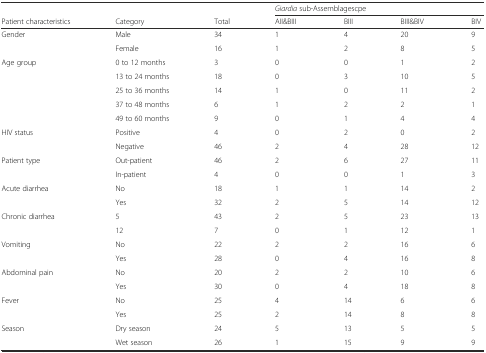
<table><thead><tr><td></td><td></td><td></td><td colspan="4"><b><i>Giardia</i> sub-Assemblagescpe</b></td></tr><tr><td><b>Patient characteristics</b></td><td><b>Category</b></td><td><b>Total</b></td><td><b>AII&amp;BIII</b></td><td><b>BIII</b></td><td><b>BIII&amp;BIV</b></td><td><b>BIV</b></td></tr></thead><tbody><tr><td>Gender</td><td>Male</td><td>34</td><td>1</td><td>4</td><td>20</td><td>9</td></tr><tr><td></td><td>Female</td><td>16</td><td>1</td><td>2</td><td>8</td><td>5</td></tr><tr><td>Age group</td><td>0 to 12 months</td><td>3</td><td>0</td><td>0</td><td>1</td><td>2</td></tr><tr><td></td><td>13 to 24 months</td><td>18</td><td>0</td><td>3</td><td>10</td><td>5</td></tr><tr><td></td><td>25 to 36 months</td><td>14</td><td>1</td><td>0</td><td>11</td><td>2</td></tr><tr><td></td><td>37 to 48 months</td><td>6</td><td>1</td><td>2</td><td>2</td><td>1</td></tr><tr><td></td><td>49 to 60 months</td><td>9</td><td>0</td><td>1</td><td>4</td><td>4</td></tr><tr><td>HIV status</td><td>Positive</td><td>4</td><td>0</td><td>2</td><td>0</td><td>2</td></tr><tr><td></td><td>Negative</td><td>46</td><td>2</td><td>4</td><td>28</td><td>12</td></tr><tr><td>Patient type</td><td>Out-patient</td><td>46</td><td>2</td><td>6</td><td>27</td><td>11</td></tr><tr><td></td><td>In-patient</td><td>4</td><td>0</td><td>0</td><td>1</td><td>3</td></tr><tr><td>Acute diarrhea</td><td>No</td><td>18</td><td>1</td><td>1</td><td>14</td><td>2</td></tr><tr><td></td><td>Yes</td><td>32</td><td>2</td><td>5</td><td>14</td><td>12</td></tr><tr><td>Chronic diarrhea</td><td>5</td><td>43</td><td>2</td><td>5</td><td>23</td><td>13</td></tr><tr><td></td><td>12</td><td>7</td><td>0</td><td>1</td><td>12</td><td>1</td></tr><tr><td>Vomiting</td><td>No</td><td>22</td><td>2</td><td>2</td><td>16</td><td>6</td></tr><tr><td></td><td>Yes</td><td>28</td><td>0</td><td>4</td><td>16</td><td>8</td></tr><tr><td>Abdominal pain</td><td>No</td><td>20</td><td>2</td><td>2</td><td>10</td><td>6</td></tr><tr><td></td><td>Yes</td><td>30</td><td>0</td><td>4</td><td>18</td><td>8</td></tr><tr><td>Fever</td><td>No</td><td>25</td><td>4</td><td>14</td><td>6</td><td>6</td></tr><tr><td></td><td>Yes</td><td>25</td><td>2</td><td>14</td><td>8</td><td>8</td></tr><tr><td>Season</td><td>Dry season</td><td>24</td><td>5</td><td>13</td><td>5</td><td>5</td></tr><tr><td></td><td>Wet season</td><td>26</td><td>1</td><td>15</td><td>9</td><td>9</td></tr></tbody></table>